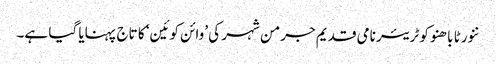
ننورٹا باھنو کو ٹریئر نامی قدیم جرمن شہر کی ’وائن کوئین‘ کا تاج پہنایا گیا ہے۔